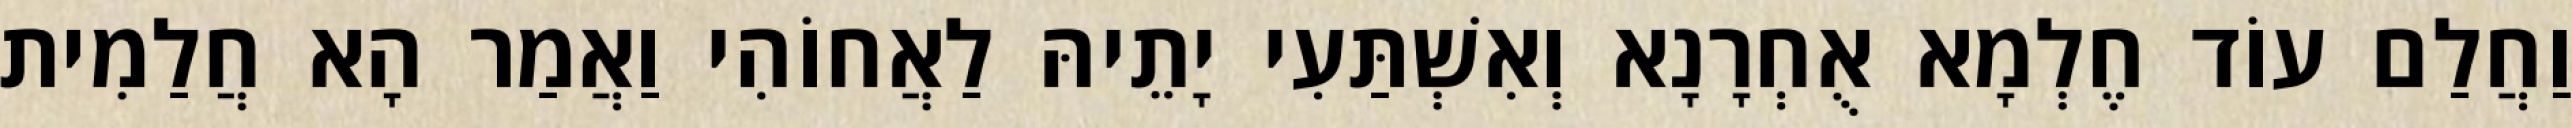
וַחֲלַם עוֹד חֶלְמָא אֻחְרָנָא וְאִשְׁתַּעִי יָתֵיהּ לַאֲחוֹהִי וַאֲמַר הָא חֲלַמִית